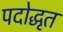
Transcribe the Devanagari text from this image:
पदोद्धृत